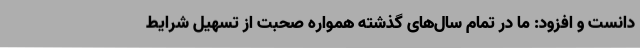
دانست و افزود: ما در تمام سال‌های گذشته همواره صحبت از تسهیل شرایط